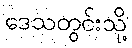
ဒေသတွင်းသို့